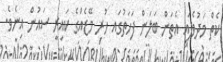
ކެތް މަދުވެފައި އެތަން ބަލަން ފަހަތުގައ ހުރި މޭޒެއްގެ ކައިރީ ސައުން އިނެވެ.